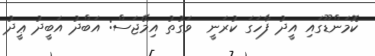
ކޮމަންޑޫގައި އީދު ފާހަގަ ކުރަނީ  ވަގުތު އިމޭޖަސް: އަބްދު އަބީދު ޢީދު